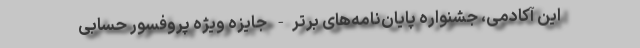
این آکادمی، جشنواره پایان‌نامه‌های برتر- جایزه ویژه پروفسور حسابی